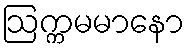
ဩက္ကမမာနော